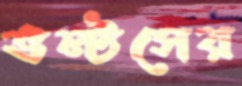
ভল্টসের